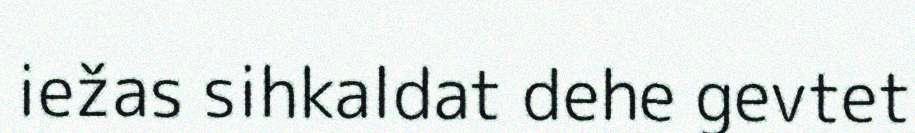
iežas sihkaldat dehe gevtet